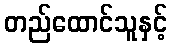
တည်ထောင်သူနှင့်